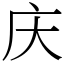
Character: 庆